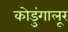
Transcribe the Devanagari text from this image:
कोडुंगालूर